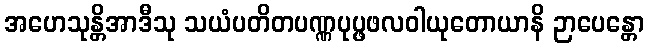
အဟေသုန္တိအာဒီသု သယံပတိတပဏ္ဏပုပ္ဖဖလဝါယုတောယာနိ ဉာပေန္တော